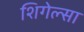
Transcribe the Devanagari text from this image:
शिगेल्सा